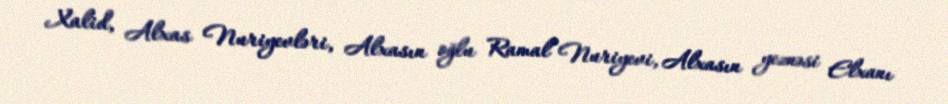
Xalid, Alxas Nuriyevləri, Alxasın oğlu Ramal Nuriyevi, Alxasın yeznəsi Elxanı